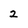
Character: 2